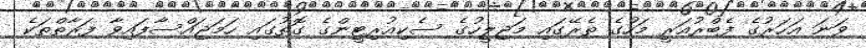
ވަނަ އަހަރުގެ ފެބްރުއަރީ މަހުގެ ތެރޭގައި މަޖިލީހުގެ ސެކިއުރިޓީންގެ ގޮތުގައި ހަމަޖައްސާފައިވާ ފަރާތްތަކެ